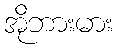
အိုဘားမား